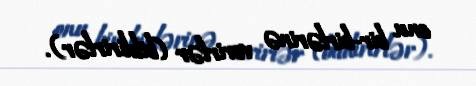
onu bir-birlərinə verirlər (bildirirlər).